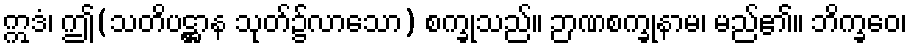
ဣဒံ၊ ဤ(သတိပဋ္ဌာန သုတ်၌လာသော) စက္ခုသည်။ ဉာဏစက္ခုနာမ၊ မည်၏။ ဘိက္ခဝေ၊